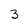
Character: 3